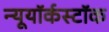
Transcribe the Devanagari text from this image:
न्यूयॉर्कस्टॉक